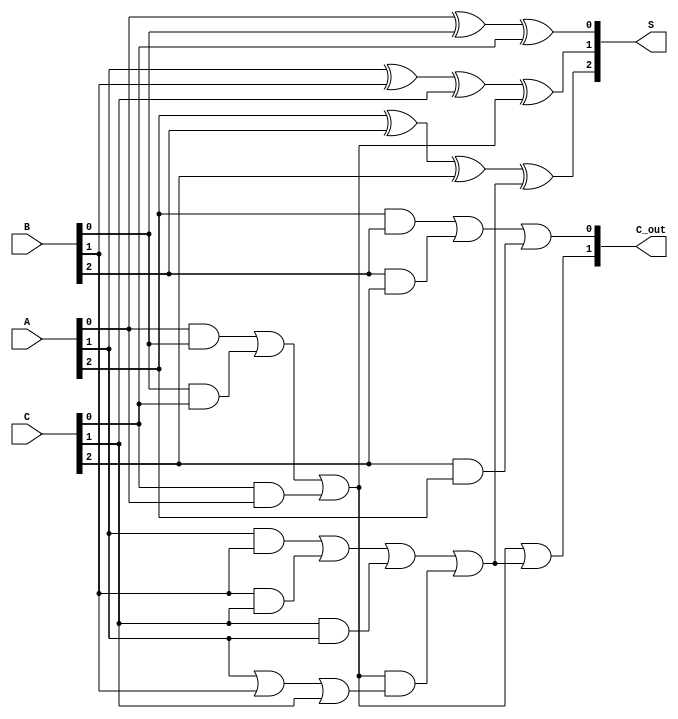
module CarrySaveAdder (
    input  [2:0] A,      // 3-bit input A
    input  [2:0] B,      // 3-bit input B
    input  [2:0] C,      // 3-bit input C
    output [2:0] S,      // 3-bit sum output
    output [1:0] C_out    // 2-bit carry output
);

    wire C1, C2; // Intermediate carry signals

    // Full Adder for LSB
    assign S[0] = A[0] ^ B[0] ^ C[0]; // Sum for LSB
    assign C1 = (A[0] & B[0]) | (B[0] & C[0]) | (C[0] & A[0]); // Carry for LSB

    // Full Adder for Middle Bit
    assign S[1] = A[1] ^ B[1] ^ C[1] ^ C1; // Sum for Middle Bit
    assign C2 = (A[1] & B[1]) | (B[1] & C[1]) | (C[1] & A[1]) | C1 & (A[1] | B[1] | C[1]); // Carry for Middle Bit

    // Full Adder for MSB
    assign S[2] = A[2] ^ B[2] ^ C[2] ^ C2; // Sum for MSB
    assign C_out[0] = (A[2] & B[2]) | (B[2] & C[2]) | (C[2] & A[2]); // Carry out from MSB
    assign C_out[1] = C1 | C2; // Final carry output

endmodule